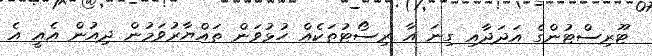
ޓޫރިސްޓުންގެ އަދަދާއި ގިނަ އާ ރިސޯޓުތަކެއް ހުޅުވަން ތައްޔާރުވަމުން ދިއުން އެއީ އެ